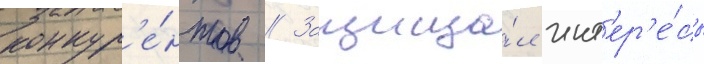
конкур'е́нтов // Защища́л инт'ер'е́сы